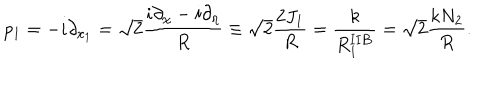
p _ { 1 } = - i \partial _ { x _ { 1 } } = \sqrt { 2 } \frac { i \partial _ { \chi } - i \partial _ { \eta } } { R } \equiv \sqrt { 2 } \frac { 2 J _ { 1 } } { R } = \frac { k } { R _ { 1 } ^ { \mathbf { I I B } } } = \sqrt { 2 } \frac { k N _ { 2 } } { R } .